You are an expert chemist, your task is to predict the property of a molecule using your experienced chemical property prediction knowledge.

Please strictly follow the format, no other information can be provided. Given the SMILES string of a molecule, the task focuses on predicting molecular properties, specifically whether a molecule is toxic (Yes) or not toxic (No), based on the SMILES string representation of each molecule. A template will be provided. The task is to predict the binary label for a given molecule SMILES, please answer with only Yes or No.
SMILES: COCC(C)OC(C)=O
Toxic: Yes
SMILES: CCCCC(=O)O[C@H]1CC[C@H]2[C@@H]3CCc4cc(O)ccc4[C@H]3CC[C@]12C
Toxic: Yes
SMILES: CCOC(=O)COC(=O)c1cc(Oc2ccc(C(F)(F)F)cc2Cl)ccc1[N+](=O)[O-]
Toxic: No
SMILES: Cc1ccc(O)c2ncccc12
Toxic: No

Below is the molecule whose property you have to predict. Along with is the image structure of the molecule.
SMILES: CCCCC(CC)COS(=O)(=O)[O-]
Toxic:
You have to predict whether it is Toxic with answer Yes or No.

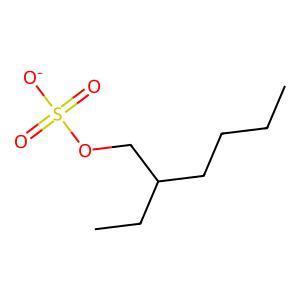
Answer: No